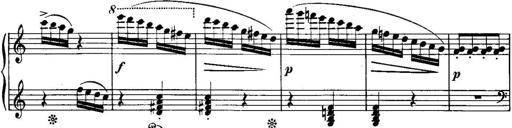
Title: Piano Sonatina No.1, Op.146
Composer: Stephen Heller